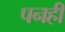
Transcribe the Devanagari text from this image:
पनही